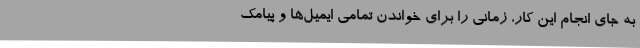
به جای انجام این کار، زمانی را برای خواندن تمامی ایمیل‌ها و پیامک